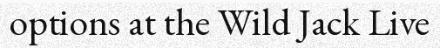
options at the Wild Jack Live